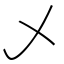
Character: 乄